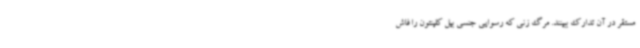
مستقر در آن تدارک ببینند. مرگ زنی که رسوایی جنسی بیل کلینتون را فاش